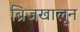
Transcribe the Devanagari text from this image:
ब्रिजखालून